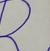
Signature authenticity: forged